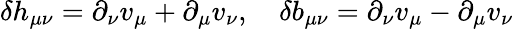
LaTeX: \delta h_{\mu\nu}=\partial_{\nu}v_{\mu}+\partial_{\mu}v_{\nu},\quad\delta b_{\mu\nu}=\partial_{\nu}v_{\mu}-\partial_{\mu}v_{\nu}